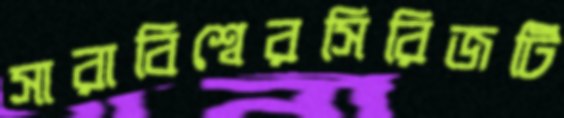
সারাবিশ্বেরসিরিজটি